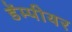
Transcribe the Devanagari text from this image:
डेंम्पीयर